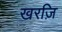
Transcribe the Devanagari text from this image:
खरज़ि